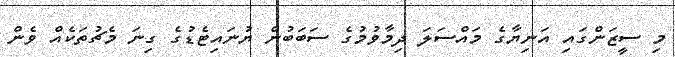
މި ސީޒަންގައި އަނިޔާގެ މައްސަލަ ދިމާވުމުގެ ސަަބަބުން ޔުނައިޓެޑުގެ ގިނަ މެޗުތަކެއް ވެން